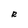
Character: R